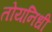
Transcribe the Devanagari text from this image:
तोयनिधी